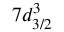
7 d _ { 3 / 2 } ^ { 3 } \, \, \, \,